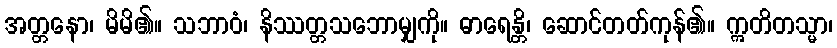
အတ္တနော၊ မိမိ၏။ သဘာဝံ၊ နိဿတ္တသဘောမျှကို။ ဓာရေန္တိ၊ ဆောင်တတ်ကုန်၏။ ဣတိတသ္မာ၊